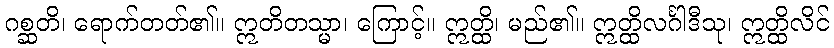
ဂစ္ဆတိ၊ ရောက်တတ်၏။ ဣတိတသ္မာ၊ ကြောင့်။ ဣတ္ထိ၊ မည်၏။ ဣတ္ထိလင်္ဂါဒီသု၊ ဣတ္ထိလိင်